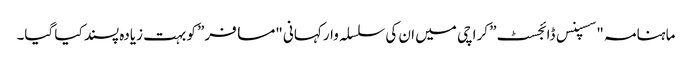
ماہنامہ "سسپنس ڈائجسٹ” کراچی میں ان کی سلسلہ وار کہانی "مسافر” کو بہت زیادہ پسند کیا گیا۔